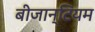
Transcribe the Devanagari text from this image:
बीजान्टियम